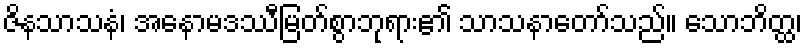
ဇိနသာသနံ၊ အနောမဒဿီမြတ်စွာဘုရား၏ သာသနာတော်သည်။ သောဘိတ္ထ၊